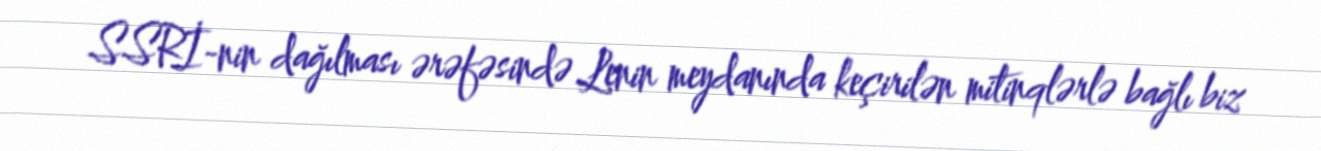
SSRİ-nin dağılması ərəfəsində Lenin meydanında keçirilən mitinqlərlə bağlı biz